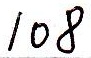
108